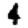
Digit: 4